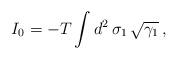
LaTeX: \begin{align*}I_0 = -T \int d^2 \, \sigma_1 \, \sqrt{\gamma_1} \, , \end{align*}